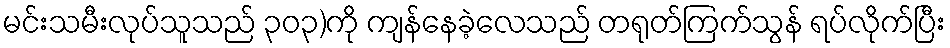
မင်းသမီးလုပ်သူသည် ၃၀၃)ကို ကျန်နေခဲ့လေသည် တရုတ်ကြက်သွန် ရပ်လိုက်ပြီး